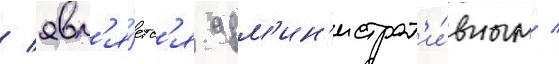
/ явл'я́етс'я адм'ин'истрат'и́вным /